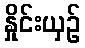
နှိုင်းယှဉ်